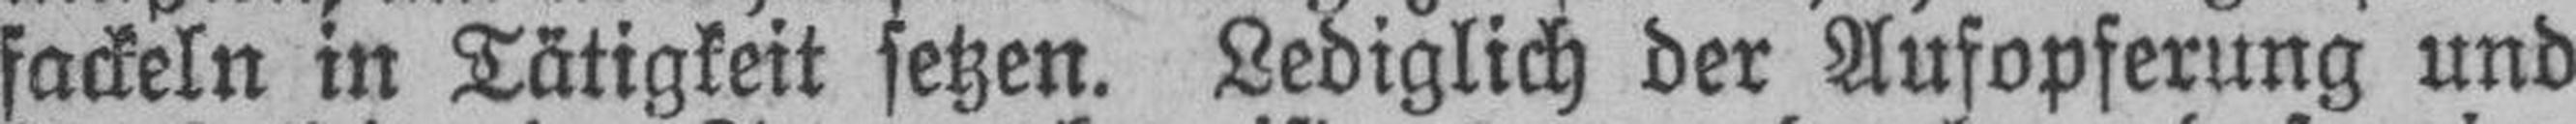
fackeln in Tätigkeit setzen. Lediglich der Aufopferung und